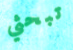
تبحثي